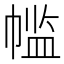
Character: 𫷌